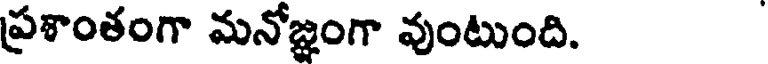
ప్రశాంతంగా మనోజ్ఞంగా వుంటుంది.